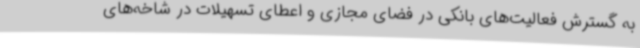
به گسترش فعالیت‌های بانکی در فضای مجازی و اعطای تسهیلات در شاخه‌های